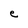
Character: e